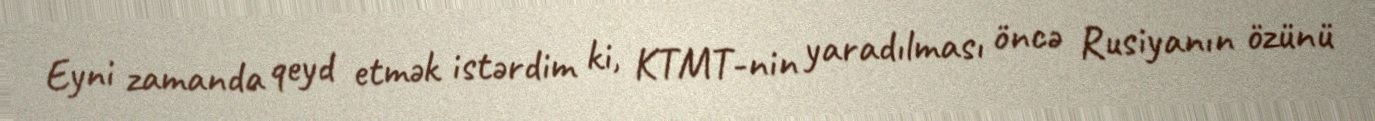
Eyni zamanda qeyd etmək istərdim ki, KTMT-nin yaradılması öncə Rusiyanın özünü